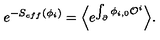
e ^ { - S _ { e f f } ( \phi _ { i } ) } = \Bigl \langle e ^ { \int _ { \partial } \phi _ { i , 0 } { \cal O } ^ { i } } \Bigr \rangle .